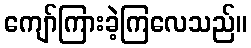
ကျော်ကြားခဲ့ကြလေသည်။